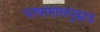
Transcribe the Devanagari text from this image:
पाषाणसमुच्चय